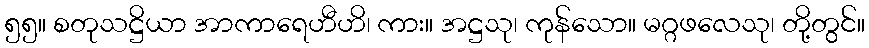
၅၅။ စတုသဋ္ဌိယာ အာကာရေဟီဟိ၊ ကား။ အဋ္ဌသု၊ ကုန်သော။ မဂ္ဂဖလေသု၊ တို့တွင်။